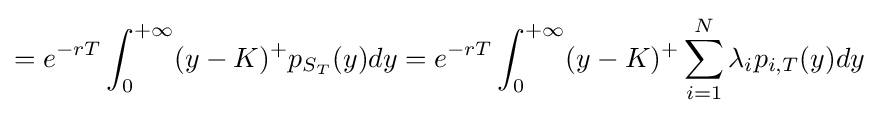
=e^{-rT}\int _{0}^{+\infty }(y-K)^{+}p_{S_{T}}(y)dy=e^{-rT}\int _{0}^{+\infty }(y-K)^{+}\sum _{i=1}^{N}\lambda _{i}p_{i,T}(y)dy